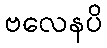
ဗလေနပိ